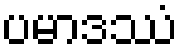
ပမာဒဿံ